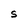
Character: S